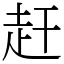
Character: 赶